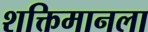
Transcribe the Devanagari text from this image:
शक्तिमानला